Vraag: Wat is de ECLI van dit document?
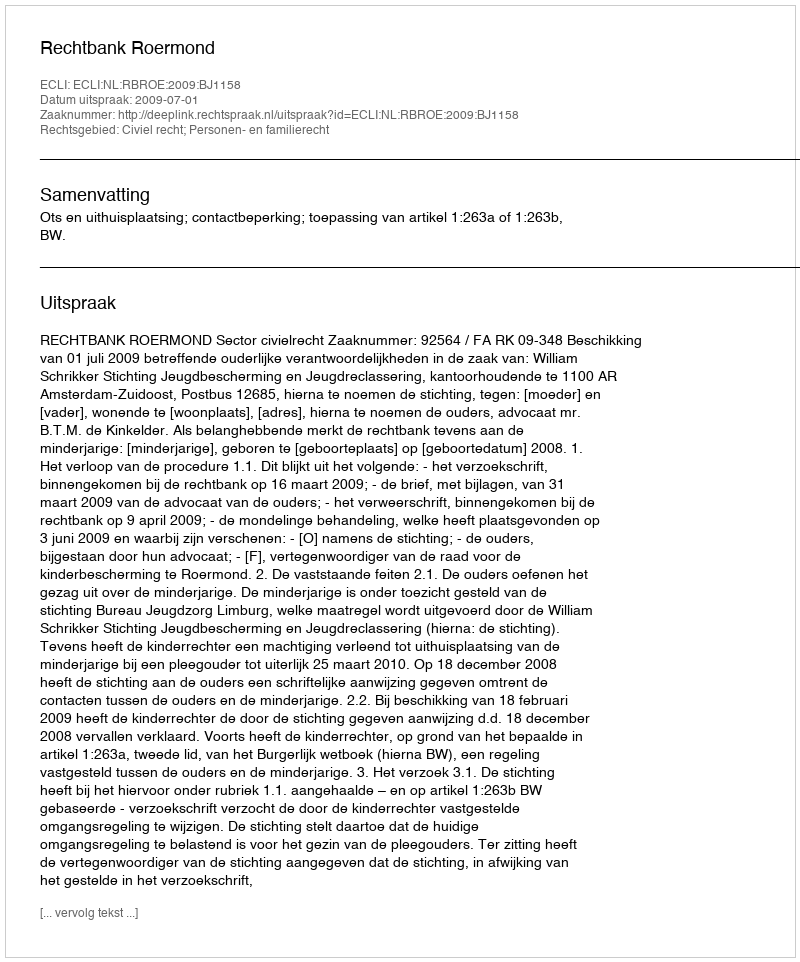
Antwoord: ECLI:NL:RBROE:2009:BJ1158